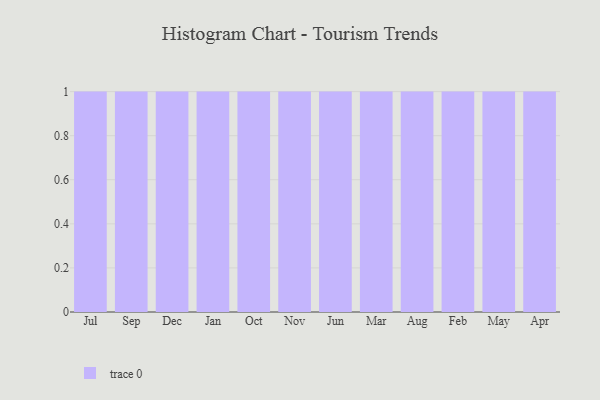
{"axis": {"x": "Month", "y": "Shipments"}, "legend": [""], "data": [{"x": "Jul", "y": 32, "type": ""}, {"x": "Sep", "y": 3, "type": ""}, {"x": "Dec", "y": 64, "type": ""}, {"x": "Jan", "y": 78, "type": ""}, {"x": "Oct", "y": 92, "type": ""}, {"x": "Nov", "y": 35, "type": ""}, {"x": "Jun", "y": 3, "type": ""}, {"x": "Mar", "y": 55, "type": ""}, {"x": "Aug", "y": 66, "type": ""}, {"x": "Feb", "y": 92, "type": ""}, {"x": "May", "y": 1, "type": ""}, {"x": "Apr", "y": 10, "type": ""}]}